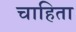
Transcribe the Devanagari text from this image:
चाहिता